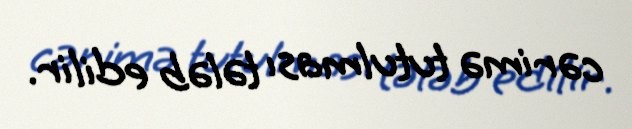
cərimə tutulması tələb edilir.